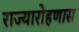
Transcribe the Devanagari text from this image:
राज्यारोहणास